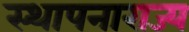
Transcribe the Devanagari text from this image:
स्थापनाराज्य